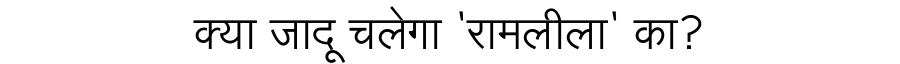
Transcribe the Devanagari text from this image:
क्या जादू चलेगा 'रामलीला' का?